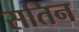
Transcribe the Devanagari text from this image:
सतिन